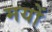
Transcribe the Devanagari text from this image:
मयों